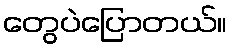
တွေပဲပြောတယ်။